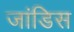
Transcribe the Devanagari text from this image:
जांडिस